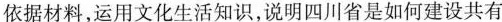
依据材料，运用文化生活知识，说明四川省是如何建设共有